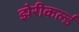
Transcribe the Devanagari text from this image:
झेरीकर्ल्ड